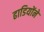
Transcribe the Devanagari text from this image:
ढाडियोंने